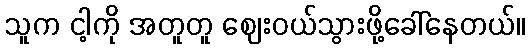
သူက ငါ့ကို အတူတူ ဈေးဝယ်သွားဖို့ခေါ်နေတယ်။